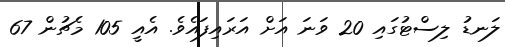
ލަނޑު ލިސްޓުގައި 20 ވަނަ އަށް އަރައިފައެވެ. އެއީ 105 މެޗުން 67